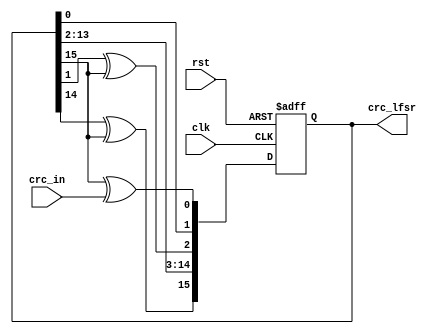

module CRC_16_serial(clk,rst,crc_in,crc_lfsr); 
input clk; // input signal
input rst; // reset signal
input crc_in; // input bit
output reg [ 15 : 0 ] crc_lfsr; // Linear shift register, 16bit
reg crc_out; // register, 1bit
parameter poly =  16'b1000_0000_0000_0101 ; // check polynomial without the highest degree

always @( posedge clk or posedge rst) // Execute whenever the positive edge of clk
 if(rst) begin 
crc_lfsr[ 15 : 0 ] <=  16'h0000 ; // initial value 
 end 
 else begin
 //  polynomial x^16+x^15+x^2+1
 // xor with data is msb is one else just left shift
   crc_lfsr[0] <=  crc_lfsr[15] ^ crc_in; //poly[0] is generally one
   crc_lfsr[1] <= crc_lfsr[0] ^ (poly[1]&crc_lfsr[15]); 
   crc_lfsr[2] <= crc_lfsr[1] ^ (poly[2]&crc_lfsr[15]); 
   crc_lfsr[3] <= crc_lfsr[2] ^ (poly[3]&crc_lfsr[15]); 
   crc_lfsr[4] <= crc_lfsr[3] ^ (poly[4]&crc_lfsr[15]); 
   crc_lfsr[5] <= crc_lfsr[4] ^ (poly[5]&crc_lfsr[15]); 
   crc_lfsr[6] <= crc_lfsr[5] ^ (poly[6]&crc_lfsr[15]); 
   crc_lfsr[7] <= crc_lfsr[6]^ (poly[7]&crc_lfsr[15]); 
   crc_lfsr[8] <= crc_lfsr[7] ^ (poly[8]&crc_lfsr[15]); 
   crc_lfsr[9] <= crc_lfsr[8] ^ (poly[9]&crc_lfsr[15]); 
   crc_lfsr[10] <= crc_lfsr[9] ^ (poly[10]&crc_lfsr[15]); 
   crc_lfsr[11] <= crc_lfsr[10] ^ (poly[11]&crc_lfsr[15]); 
   crc_lfsr[12] <= crc_lfsr[11] ^ (poly[12]&crc_lfsr[15]); 
   crc_lfsr[13] <= crc_lfsr[12] ^ (poly[13]&crc_lfsr[15]); 
   crc_lfsr[14] <= crc_lfsr[13] ^ (poly[14]&crc_lfsr[15]); 
   crc_lfsr[15] <= crc_lfsr[14] ^ (poly[15]&crc_lfsr[15]); 
crc_out <= crc_lfsr[ 15 ]; // scratch register 15 as output
end
endmodule